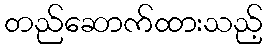
တည်ဆောက်ထားသည့်